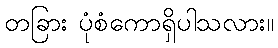
တခြား ပုံစံကောရှိပါသလား။